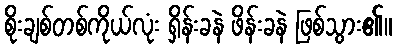
စိုးချစ်တစ်ကိုယ်လုံး ရှိန်းခနဲ ဖိန်းခနဲ ဖြစ်သွား၏။